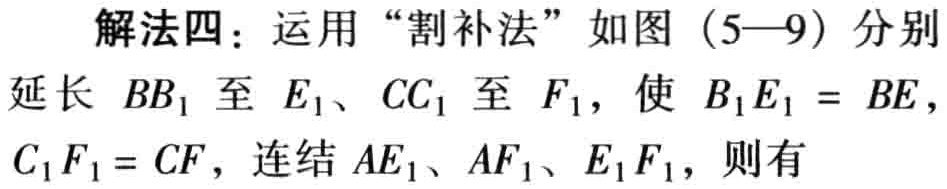
解法四：运用“割补法”如图（5—9）分别延长 \(BB_{1}\) 至 \(E_{1}\)、\(CC_{1}\) 至 \(F_{1}\)，使 \(B_{1}E_{1}=BE\)，\(C_{1}F_{1}=CF\)，连结 \(AE_{1}\)、\(AF_{1}\)、\(E_{1}F_{1}\)，则有